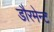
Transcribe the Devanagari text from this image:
डौरमेन्ट